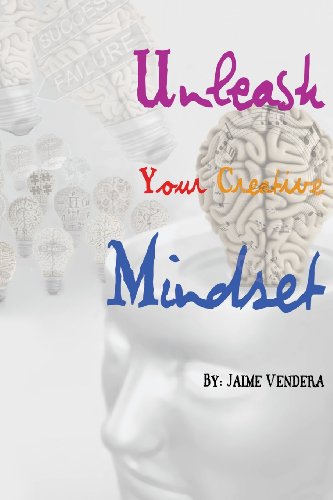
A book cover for Unleash Your Creative Mindset; Jaime Vendera; Self-Help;